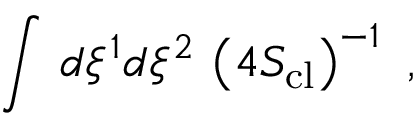
\int \, d \xi ^ { 1 } d \xi ^ { 2 } \, \left( 4 S _ { \mathrm { c l } } \right) ^ { - 1 } \ ,